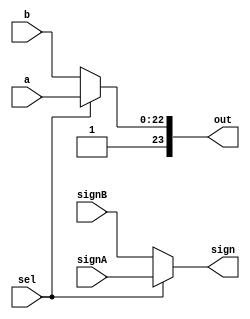
module Mux23 (a,b,signA,signB,sel,out,sign);

input [22:0]a,b;
input signA,signB;
output [23:0] out;
output sign;
input sel;

assign out = (sel == 0) ? {1'b1,b}:{1'b1,a};
assign sign = (sel==0) ? signB:signA;
//assign out[23] = 1; 

endmodule